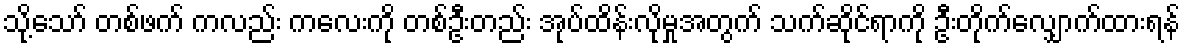
သို့သော် တစ်ဖက် ကလည်း ကလေးကို တစ်ဦးတည်း အုပ်ထိန်းလိုမှုအတွက် သက်ဆိုင်ရာကို ဦးတိုက်လျှောက်ထားရန်